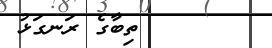
ތިބާގެ ރަނގަޅު